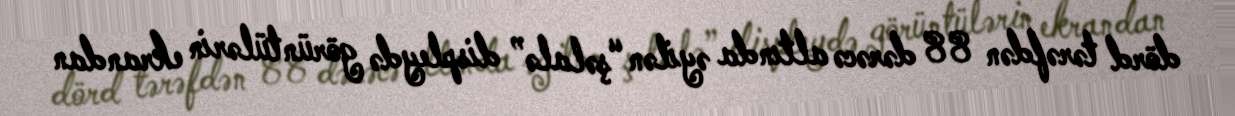
dörd tərəfdən 88 dərəcə altında əyilən “şəlalə” displeydə görüntülərin ekrandan